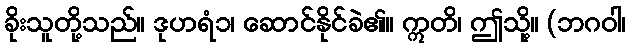
ခိုးသူတို့သည်။ ဒုဟရံ၁၊ ဆောင်နိုင်ခဲ၏။ ဣတိ၊ ဤသို့။ (ဘဂဝါ၊